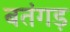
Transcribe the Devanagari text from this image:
बतंगड़